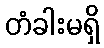
တံခါးမရှိ